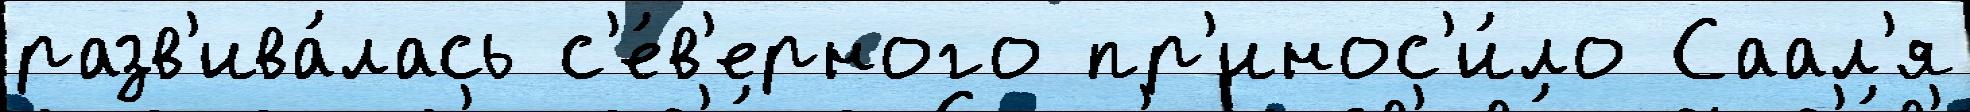
разв'ива́лась с'е́в'ерного пр'инос'и́ло Саал'я